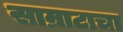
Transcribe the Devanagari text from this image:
साम्राटाचा